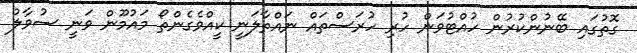
ގޮތުގައި ބޭނުންކުރުން ހުއްޓުވަން ހުރި ހުރަސްތައް ނައްތާލަނީ ކީއްވެގެންތޯ މައުމޫން ވަނީ ސުވާލު